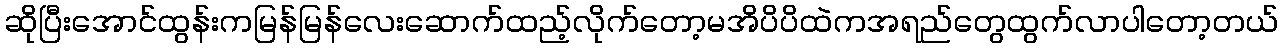
ဆိုပြီးအောင်ထွန်းကမြန်မြန်လေးဆောက်ထည့်လိုက်တော့မအိပိပိထဲကအရည်တွေထွက်လာပါတော့တယ်